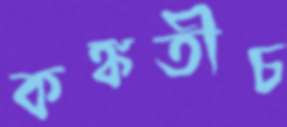
কঙ্কতীচ